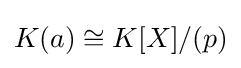
K(a)\cong K[X]/(p)